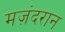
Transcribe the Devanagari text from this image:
मज़ंदरान